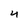
Character: 4